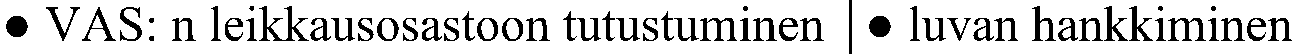
● VAS: n leikkausosastoon tutustuminen ● luvan hankkiminen